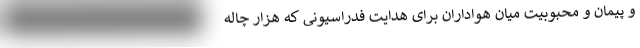
و پیمان و محبوبیت میان هواداران برای هدایت فدراسیونی که هزار چاله